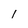
Character: 1